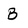
Character: B